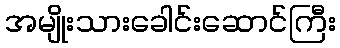
အမျိုးသားခေါင်းဆောင်ကြီး